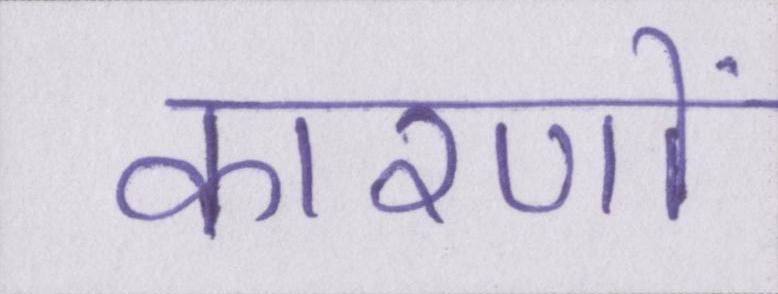
कारणों